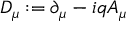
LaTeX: D _ { \mu } : = \partial _ { \mu } - i q A _ { \mu }